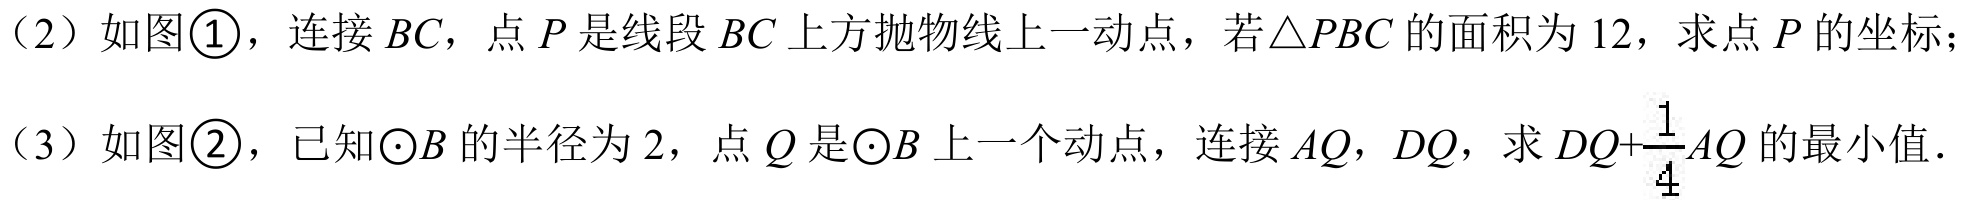
（2）如图\textcircled{1}，连接 \(BC\)，点 \(P\) 是线段 \(BC\) 上方抛物线上一动点，若\(\triangle PBC\) 的面积为 \(12\)，求点 \(P\) 的坐标；
（3）如图\textcircled{2}，已知\(\odot B\) 的半径为 \(2\)，点 \(Q\) 是\(\odot B\) 上一个动点，连接 \(AQ\)，\(DQ\)，求 \(DQ + \frac{1}{4}AQ\) 的最小值．